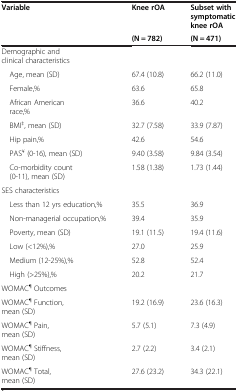
<table><thead><tr><td><b>Variable</b></td><td><b>Knee rOA</b></td><td><b>Subset with symptomatic knee rOA</b></td></tr><tr><td><b> </b></td><td><b>(N = 782)</b></td><td><b>(N = 471)</b></td></tr></thead><tbody><tr><td>Demographic and clinical characteristics</td><td> </td><td> </td></tr><tr><td> Age, mean (SD)</td><td>67.4 (10.8)</td><td>66.2 (11.0)</td></tr><tr><td> Female,%</td><td>63.6</td><td>65.8</td></tr><tr><td> African American race,%</td><td>36.6</td><td>40.2</td></tr><tr><td> BMI<sup>‡</sup>, mean (SD)</td><td>32.7 (7.58)</td><td>33.9 (7.87)</td></tr><tr><td> Hip pain,%</td><td>42.6</td><td>54.6</td></tr><tr><td> PAS<sup>¥</sup> (0-16), mean (SD)</td><td>9.40 (3.58)</td><td>9.84 (3.54)</td></tr><tr><td> Co-morbidity count (0-11), mean (SD)</td><td>1.58 (1.38)</td><td>1.73 (1.44)</td></tr><tr><td>SES characteristics</td><td> </td><td> </td></tr><tr><td> Less than 12 yrs education,%</td><td>35.5</td><td>36.9</td></tr><tr><td> Non-managerial occupation,%</td><td>39.4</td><td>35.9</td></tr><tr><td> Poverty, mean (SD)</td><td>19.1 (11.5)</td><td>19.4 (11.6)</td></tr><tr><td> Low (&lt;12%),%</td><td>27.0</td><td>25.9</td></tr><tr><td> Medium (12-25%),%</td><td>52.8</td><td>52.4</td></tr><tr><td> High (&gt;25%),%</td><td>20.2</td><td>21.7</td></tr><tr><td>WOMAC<sup>¶</sup> Outcomes</td><td> </td><td> </td></tr><tr><td>WOMAC<sup>¶</sup> Function, mean (SD)</td><td>19.2 (16.9)</td><td>23.6 (16.3)</td></tr><tr><td>WOMAC<sup>¶</sup> Pain, mean (SD)</td><td>5.7 (5.1)</td><td>7.3 (4.9)</td></tr><tr><td>WOMAC<sup>¶</sup> Stiffness, mean (SD)</td><td>2.7 (2.2)</td><td>3.4 (2.1)</td></tr><tr><td>WOMAC<sup>¶</sup> Total, mean (SD)</td><td>27.6 (23.2)</td><td>34.3 (22.1)</td></tr></tbody></table>